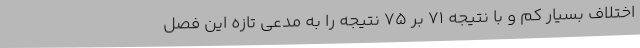
اختلاف بسیار کم و با نتیجه 71 بر 75 نتیجه را به مدعی تازه این فصل